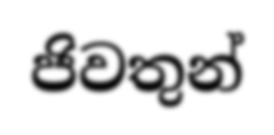
ජිවතුන්